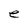
Character: e